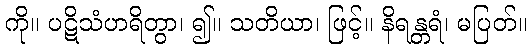
ကို။ ပဋိသံဟရိတွာ၊ ၍။ သတိယာ၊ ဖြင့်။ နိရန္တရံ၊ မပြတ်။